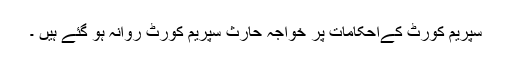
سپریم کورٹ کےاحکامات پر خواجہ حارث سپریم کورٹ روانہ ہو گئے ہیں ۔